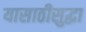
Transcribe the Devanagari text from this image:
यासाठीसुद्धा